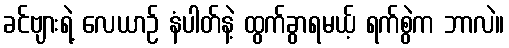
ခင်ဗျားရဲ့ လေယာဉ် နံပါတ်နဲ့ ထွက်ခွာရမယ့် ရက်စွဲက ဘာလဲ။